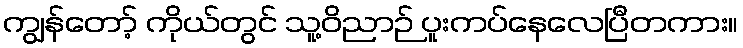
ကျွန်တော့် ကိုယ်တွင် သူ့ဝိညာဉ် ပူးကပ်နေလေပြီတကား။